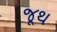
જૂથ